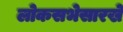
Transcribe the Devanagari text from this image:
लोकसभेसारखे